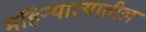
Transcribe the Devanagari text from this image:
महिन्यात्यातील